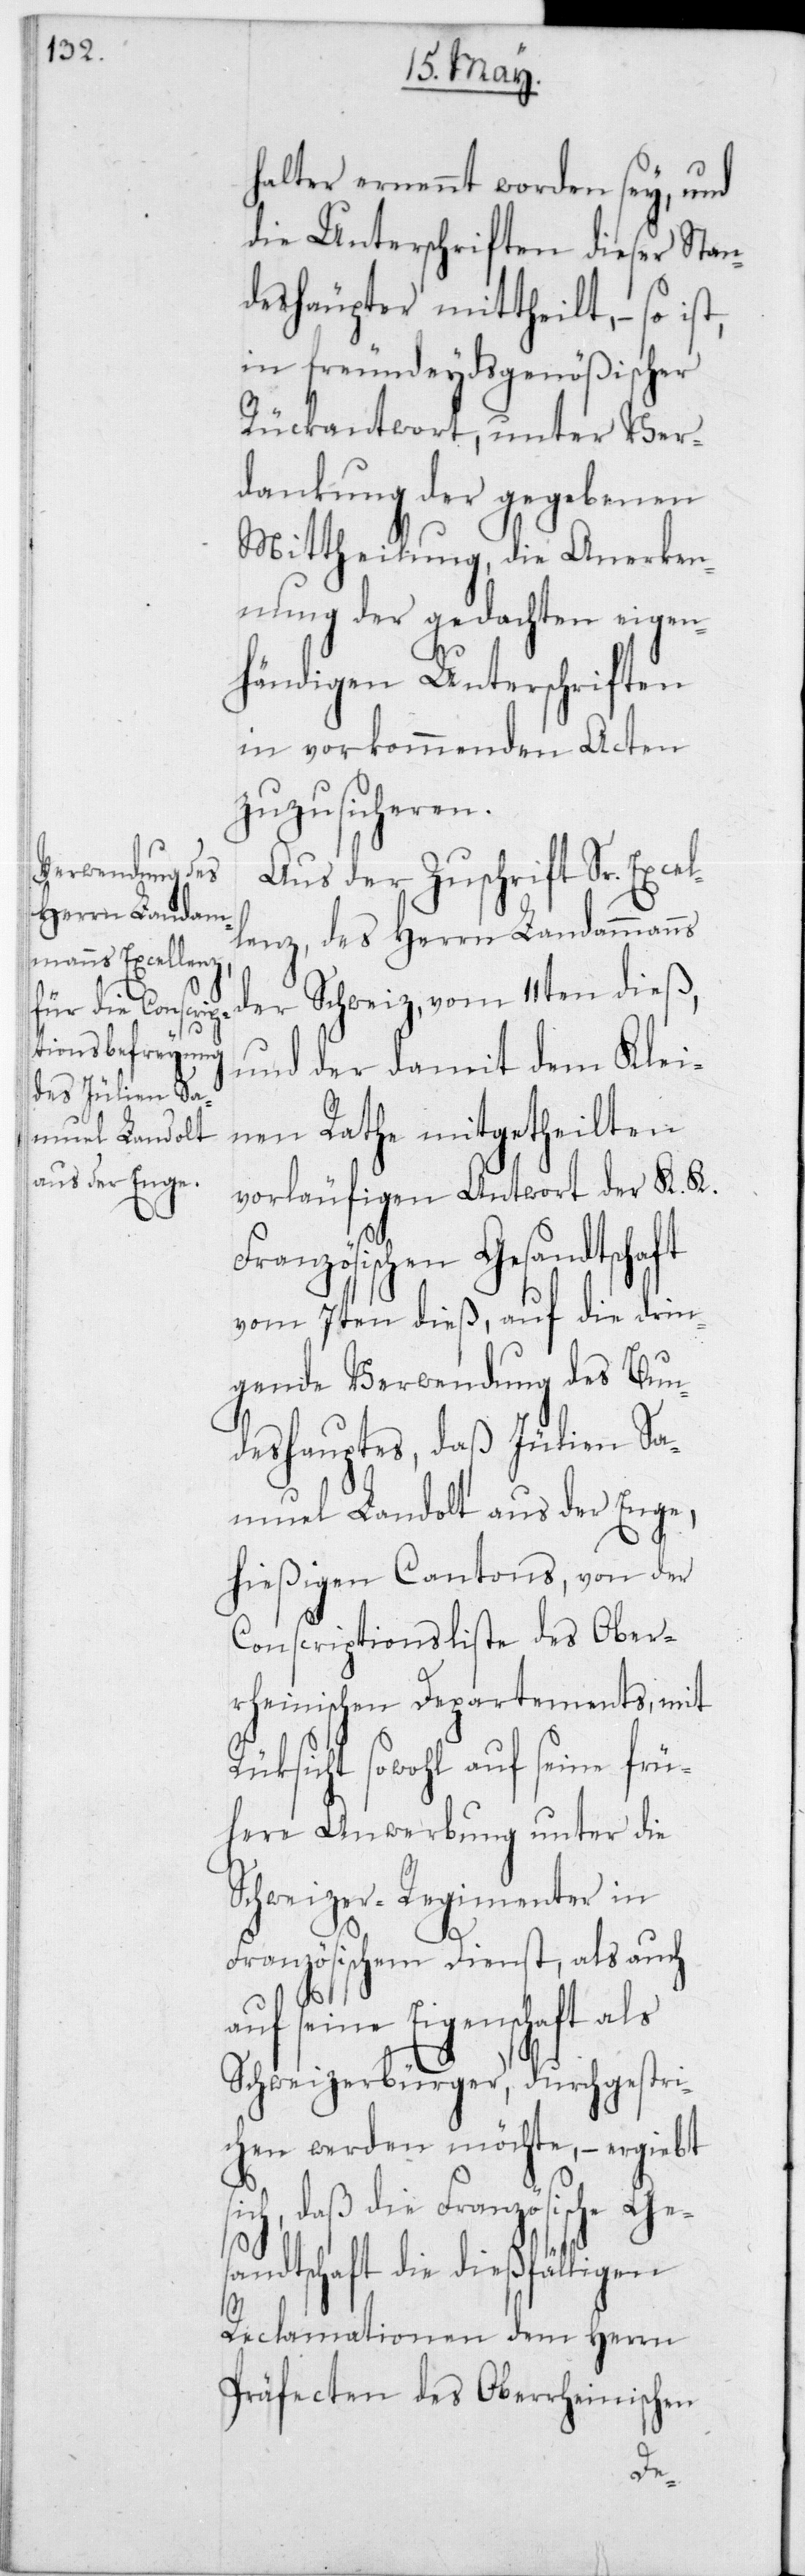
halter ernennt worden sey, und
die Unterschriften dieser Stan¬
deshäupter mittheilt, – so
in freundeydsgenößischer
Rückantwort, unter Ver¬
dankung der gegebenen
Mittheilung, die Anerken¬
nung der gedachten eigen¬
händigen Unterschriften
in vorkommenden Acten
zuzusicheren.
Aus der Zuschrift Sr. Excel¬
lenz, des Herrn Landammanns
der Schweiz, vom 11ten dieß,
und der damit dem Klei¬
nen Rathe mitgetheilten
vorläufigen Antwort der K. K.
Französischen Gesandtschaft
vom 7ten dieß, auf die drin¬
gende Verwendung des Bun¬
deshauptes, daß Jülien Sa¬
muel Landolt aus der Enge,
hießigen Cantons, von der
Conscriptionsliste des Ober¬
rheinischen Departements, mit
Rücksicht sowohl auf seine frü¬
here Anwerbung unter die
Schweizer-Regimenter in
Französischem Dienst, als auch
uf seine Eigenschaft als
Schweizerbürger, durchgestri¬
chen werden möchte, – ergiebt
ch, daß die Französische G¬
andtschaft die dießfälligen
Reclamationen dem Herrn
Präfecten des Oberrheinischen
es¬